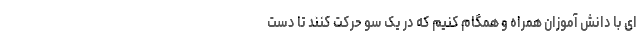
ای با دانش آموزان همراه و همگام کنیم که در یک سو حرکت کنند تا دست